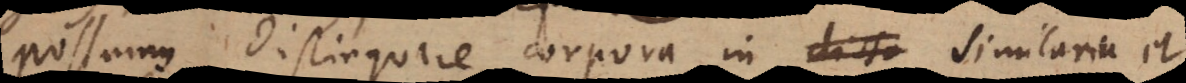
Possumus distinguere corpora in dissi similaria et